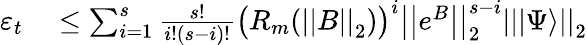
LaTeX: \begin{array}{rl}{\varepsilon_{t}}&{{}\leq\sum_{i=1}^{s}\frac{s!}{i!(s-i)!}\big(R_{m}(\left|\left|B\right|\right|_{2})\big)^{i}\left|\left|e^{B}\right|\right|_{2}^{s-i}\left|\left||\Psi\rangle\right|\right|_{2}}\end{array}